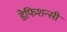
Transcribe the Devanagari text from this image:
डेफिशन्सी